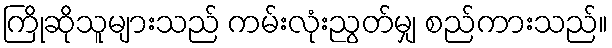
ကြိုဆိုသူများသည် ကမ်းလုံးညွတ်မျှ စည်ကားသည်။